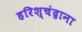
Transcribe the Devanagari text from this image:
हरिश्चंद्राना